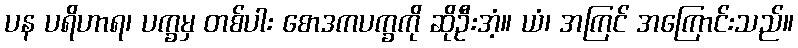
ပန ပရိဟာရ၊ ပက္ခမှ တစ်ပါး စောဒကပက္ခကို ဆိုဦးအံ့။ ယံ၊ အကြင် အကြောင်းသည်။